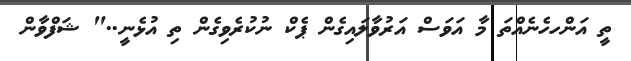
ތީ އަންހހެނެއްތަ މާ އަވަސް އަރުވާލައިގެން ޕެކް ނުކުރެވިގެން ތި އުޅެނީ.." ޝަފްވާން